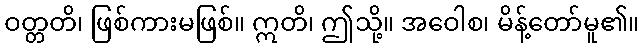
ဝတ္တတိ၊ ဖြစ်ကားမဖြစ်။ ဣတိ၊ ဤသို့။ အဝေါစ၊ မိန့်တော်မူ၏။